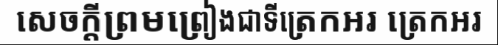
សេចក្តីព្រមព្រៀងជាទីត្រេកអរ ត្រេកអរ